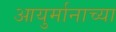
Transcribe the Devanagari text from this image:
आयुर्मानाच्या